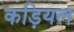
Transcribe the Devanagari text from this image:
कड़ियल